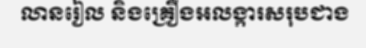
លានរៀល និងគ្រឿងអលង្ការសរុបជាង